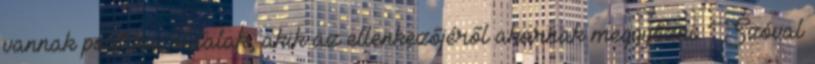
vannak politikai oldalak, akik az ellenkezőjéről akarnak meggyőzni. Szóval